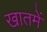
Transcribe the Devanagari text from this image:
खातमें